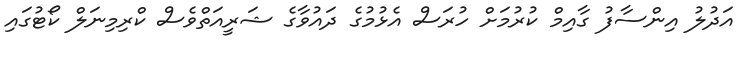
އަދުލު އިންސާފު ގާއިމް ކުރުމަށް ހުރަސް އެޅުމުގެ ދައުވާގެ ޝަރީއަތްވެސް ކްރިމިނަލް ކޯޓުގައި